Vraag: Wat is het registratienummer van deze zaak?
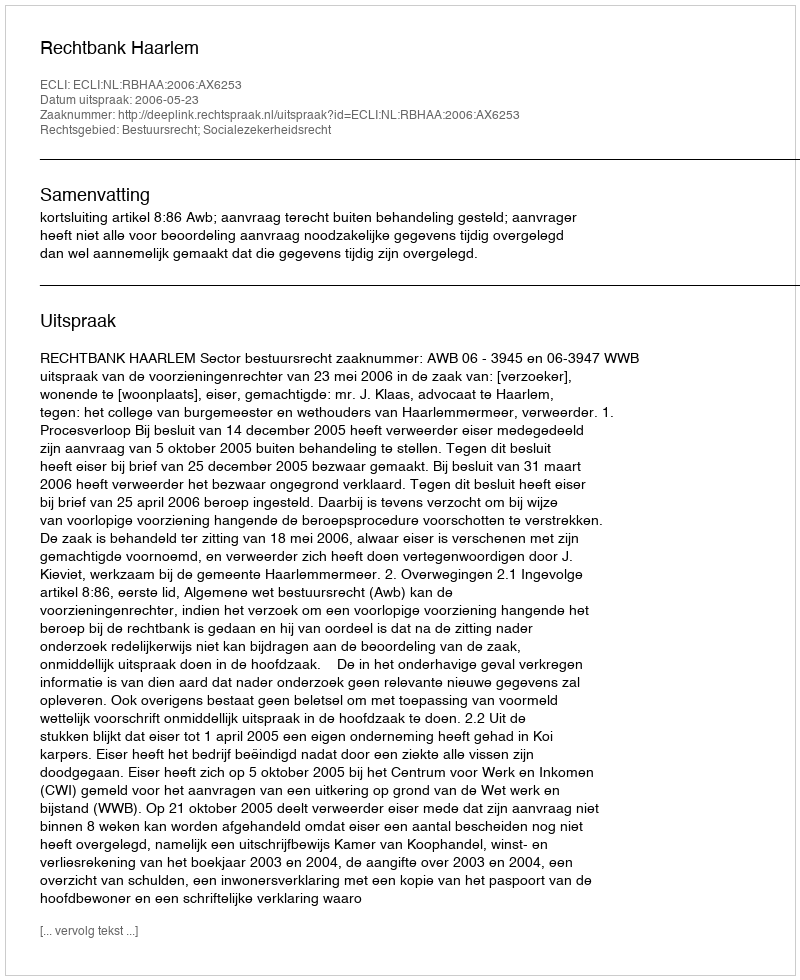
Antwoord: http://deeplink.rechtspraak.nl/uitspraak?id=ECLI:NL:RBHAA:2006:AX6253